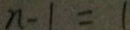
n - 1 = 1